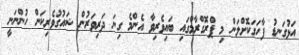
އަޅުގަނޑު ފާހަގަކޮށްލަން މި ޕްރޮގްރާމްގައި ބައިވެރިވާ އެންމެ ގިނަ ދަރިވަރުން ޝައުގުވެރިކަން ހުންނަނީ